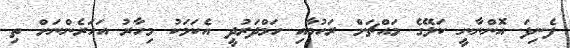
ފެނިފަ އޮންނާނީ ކަލޭގެ މައްޗަށް ރަހުމާއި ހަމްދަރުދީ އެކަމަކު މިހާރު އަހަރެންނަށް ތި